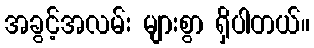
အခွင့်အလမ်း များစွာ ရှိပါတယ်။